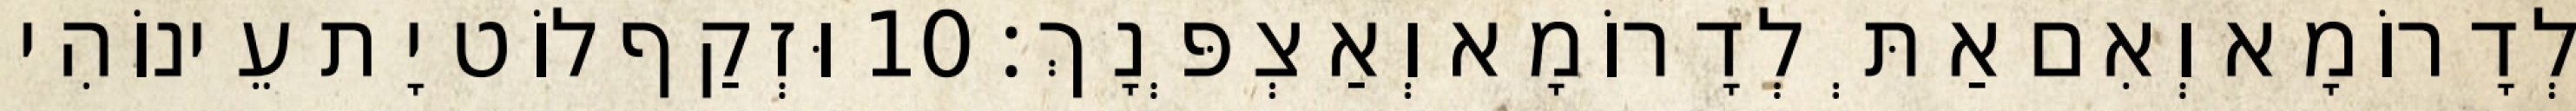
לְדָרוֹמָא וְאִם אַתְּ לְדָרוֹמָא וְאַצְפְּנָךְ׃ 10 וּזְקַף לוֹט יָת עֵינוֹהִי